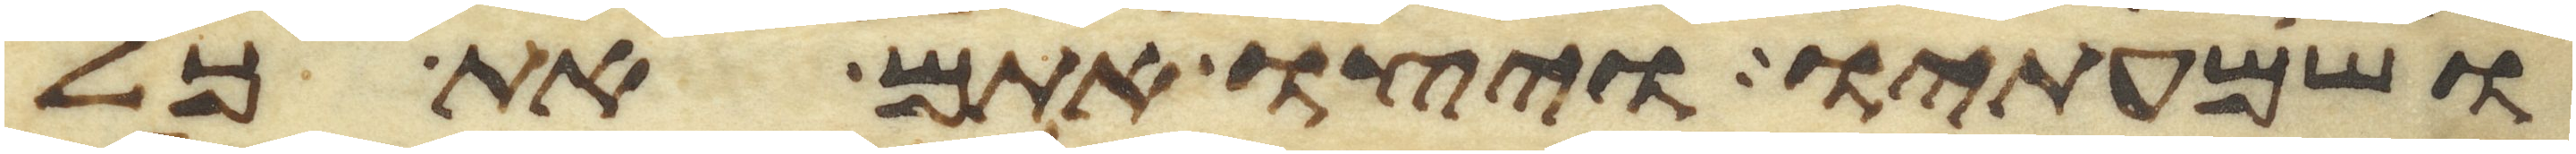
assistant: ושמעתיו ויצו אתם את כל